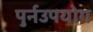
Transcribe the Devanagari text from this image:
पुर्नउपयोग